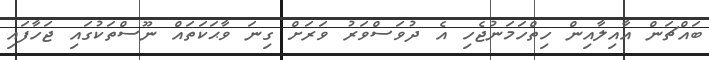
ބައްޗަން އާއިލާއިން ހިތްހަމަނުޖެހި އެ ދުވަސްވަރު ވަރަށް ގިނަ ވާޙަކަތައް ނޫސްތަކުގައި ޖަހާފައި